Annual report on the working of the lock hospitals in the Central Provinces
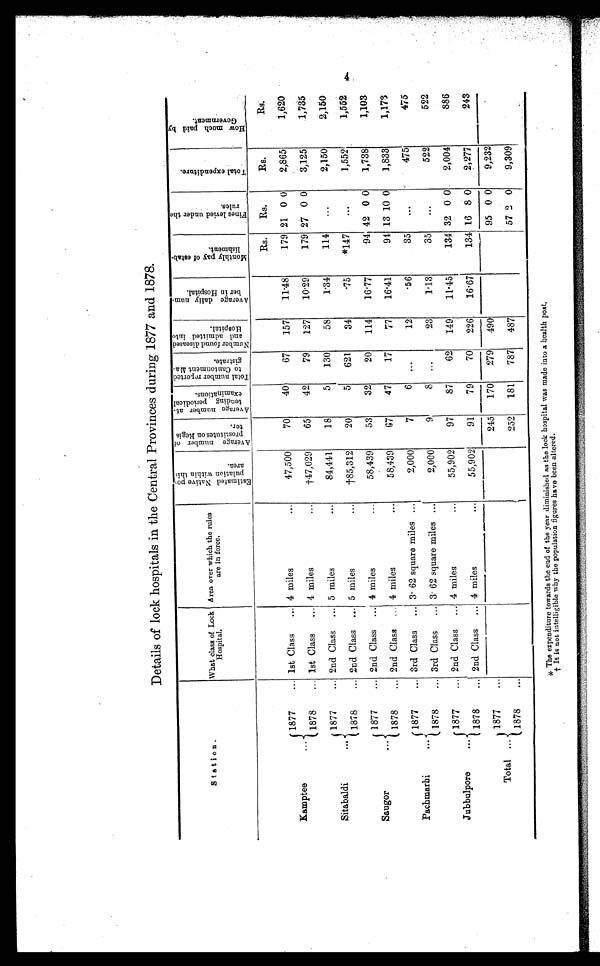
Details of lock hospitals in the Central Provinces during 1877 and 1878.
Station.
What class of Lock
Hospital.
Area over which the rules
are in force.
E s t i m a t e d N a t i v e p o P u l a t i o n w i t h i n t h i s a r e a . A v e r a g e n u m b e r o f P r o s t i t u t e s o n R e g i s t e r .
A v e r a g e n u m b e r a t t e n d i n g p e r i o d i c a l e x a m i n a t i o n .
T o t a l n u m b e r r e p o r t e d t o C a u t o n m e n t M a g i s t r a t e .
N u m b e r f o u n d d i s e a s e d a n d a d m i t t e d i n t o H o s p i t a l .
A v e r a g e d a i l y n u m b e r i n H o s p i t a l .
M o n t h l y p a y o f e s t a b l i s h m e n t .
F i n e s l e v i e d u n d e r t h e r u l e s .
T o t a l e x p e n d i t u r e .
H o w m u c h p a i d b y G o v e r n m e n t .
Rs. Rs.
Rs.
Rs.
Kamptee
...
1877
... 1st Class ... 4 miles
...
47,500
70
40
67 157
11.48
179 21 0 0 2,865
1,620
1878
... 1st Class ... 4 miles
...
† 4 7 , 0 2 9
65
42
79 127
10.29
179 27 0 0 3,125
1,735
Sitabaldi
...
1877
... 2nd Class ... 5 miles
...
84,441
18
5 130
58
1.34
114 ...
2,150
2,150
1878
... 2nd Class ... 5 miles
... †85,312
20
5 621
34
.75
*147 ...
1,552
1 , 5 5 2
Saugor
...
1877
... 2nd Class ... 4 miles
...
58,439
53
32
20 114 16.77
94 42 0 0 1,738
1,103
1878
... 2nd Class ... 4 miles
. . .
58,439
67
47
17
77
16.41
94 13 10 0
1 , 8 3 3
1,173
Pachmarhi
...
1877
... 3rd Class ... 3.62 square miles ...
2,000
7
6
. . .
12
.56
35 ...
475
475
1878
... 3rd Class ... 3.62 square miles ...
2,000
9
8 ...
23
1.13
35 ...
522
522
Jubbulpore
...
1877
... 2nd Class ... 4 miles
...
55,902
97
87
62 149 11.45
134 32 0 0 2,004
886
1878
... 2nd Class ...0 4 miles
. . .
55,902
91
79
70 226
16.67
134 16 8 0 2,277
243
Total ...
1877
...
245 170 279 490
95 0 0
9,232
1878
...
252 181 787 487
57 2 0
9,309
* The expenditure towards the end of the year diminished as the lock hospital was made into a health post.
†It is not intelligible why the population figures have been altered.